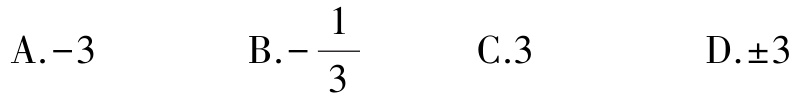
A.$-3$  B.$-\frac{1}{3}$  C.$3$  D.$\pm3$